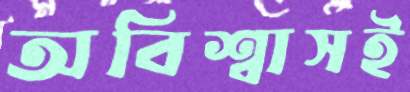
অবিশ্বাসই